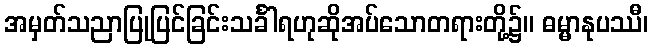
အမှတ်သညာပြုပြင်ခြင်းသင်္ခါရဟုဆိုအပ်သောတရားတို့၌။ ဓမ္မာနုပဿီ၊